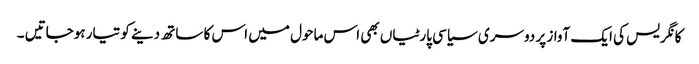
کانگریس کی ایک آواز پر دوسری سیاسی پارٹیاں بھی اس ماحول میں اس کا ساتھ دینے کو تیار ہوجاتیں ۔